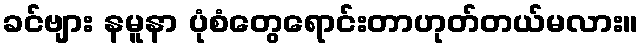
ခင်ဗျား နမူနာ ပုံစံတွေရောင်းတာဟုတ်တယ်မလား။